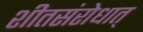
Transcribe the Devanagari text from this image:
शीतसंरोधात्